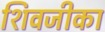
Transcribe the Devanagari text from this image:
शिवजीका